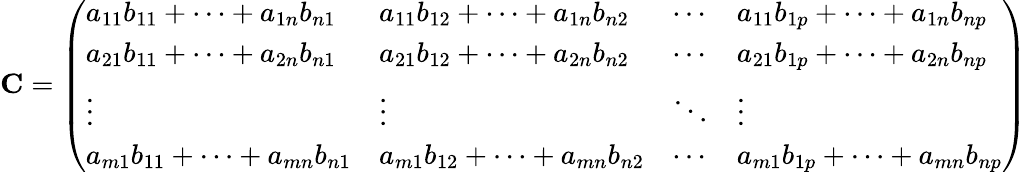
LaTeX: \mathbf{C}={\left(\begin{array}{llll}{a_{11}b_{11}+\cdots+a_{1n}b_{n1}}&{a_{11}b_{12}+\cdots+a_{1n}b_{n2}}&{\cdots}&{a_{11}b_{1p}+\cdots+a_{1n}b_{np}}\\ {a_{21}b_{11}+\cdots+a_{2n}b_{n1}}&{a_{21}b_{12}+\cdots+a_{2n}b_{n2}}&{\cdots}&{a_{21}b_{1p}+\cdots+a_{2n}b_{np}}\\ {\vdots}&{\vdots}&{\ddots}&{\vdots}\\ {a_{m1}b_{11}+\cdots+a_{mn}b_{n1}}&{a_{m1}b_{12}+\cdots+a_{mn}b_{n2}}&{\cdots}&{a_{m1}b_{1p}+\cdots+a_{mn}b_{np}}\end{array}\right)}